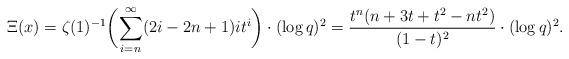
LaTeX: \begin{align*} \Xi(x) = \zeta(1)^{-1} \biggl(\sum_{i=n}^\infty(2i-2n+1)it^i\biggr)\cdot (\log q)^2 = \frac{t^n (n + 3 t + t^2 - n t^2)}{(1 - t)^2}\cdot (\log q)^2.\end{align*}